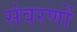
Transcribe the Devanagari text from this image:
संवरणों